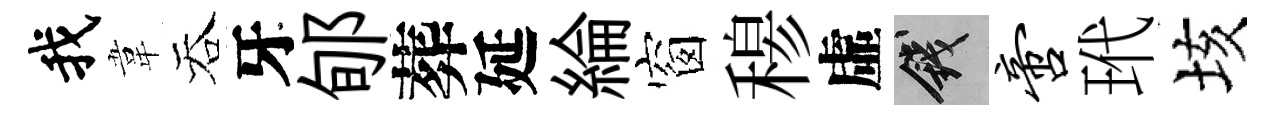
我韋吞牙郇葬延綸窗𥠇虛錢啻玳垓